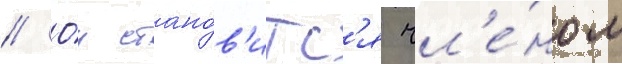
// О́н стано́в'итс'я чл'е́ном